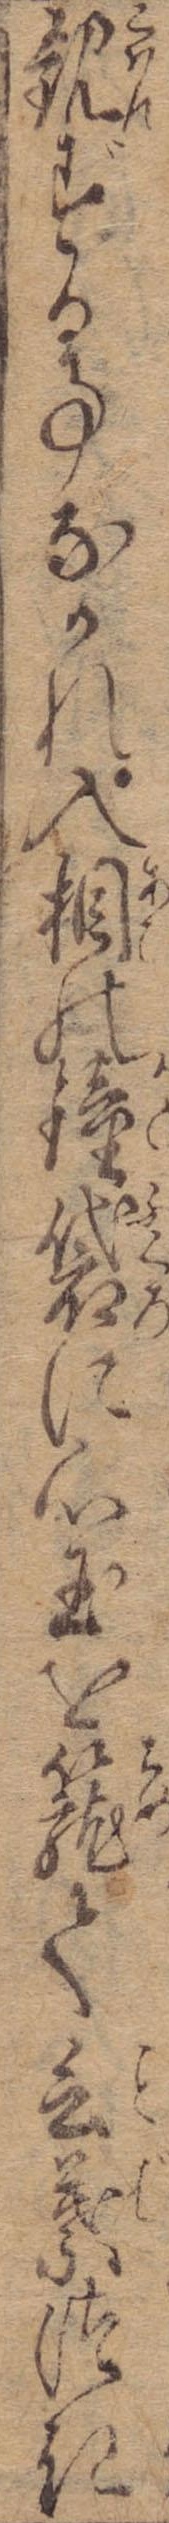
観ずる事なかれ入相の鐘袋に心玉を篭て言葉つき